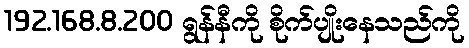
192.168.8.200 ရွန်နီကို စိုက်ပျိုးနေသည်ကို